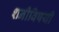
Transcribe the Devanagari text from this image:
शनीविषयी